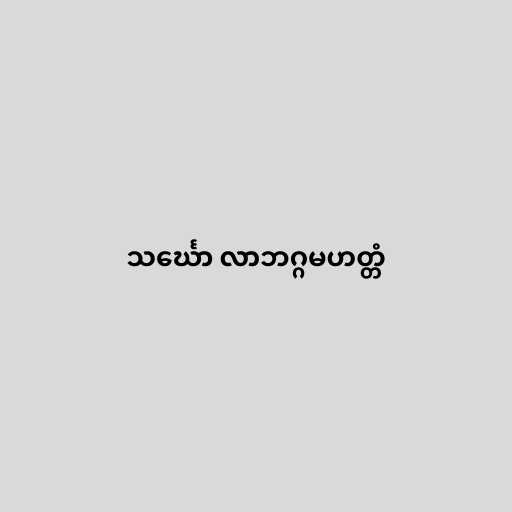
သင်္ဃော လာဘဂ္ဂမဟတ္တံ